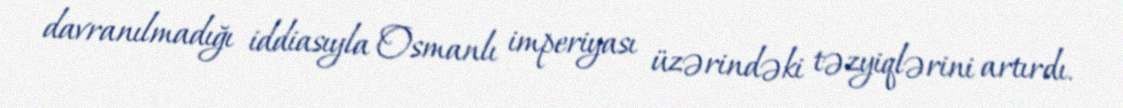
davranılmadığı iddiasıyla Osmanlı imperiyası üzərindəki təzyiqlərini artırdı.